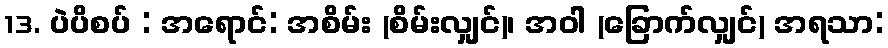
13. ပဲပိစပ် : အရောင်: အစိမ်း (စိမ်းလျှင်)၊ အဝါ (ခြောက်လျှင်) အရသာ: